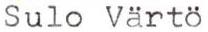
Sulo Värtö